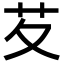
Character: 䒘